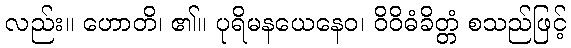
လည်း။ ဟောတိ၊ ၏။ ပုရိမနယေနေဝ၊ ဝိဝိဓံခိတ္တံ စသည်ဖြင့်